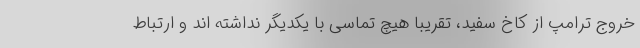
خروج ترامپ از کاخ سفید، تقریبا هیچ تماسی با یکدیگر نداشته اند و ارتباط